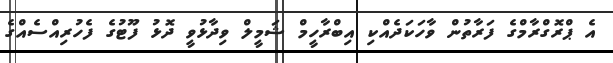
އެ ޕްރޮގްރާމްގެ ފަރާތުން ވާހަކަދެއްކި އިބްރާހީމް ޝަމީލް ވިދާޅުވީ ދޮޅު ފޫޓުގެ ފެހުރިއްސެއްގެ